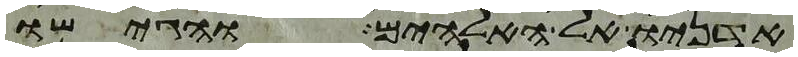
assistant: אדניו אל האלהים והגישו